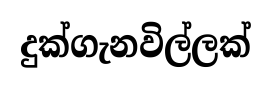
දුක්ගැනවිල්ලක්